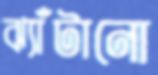
ঝ্যাঁটানো